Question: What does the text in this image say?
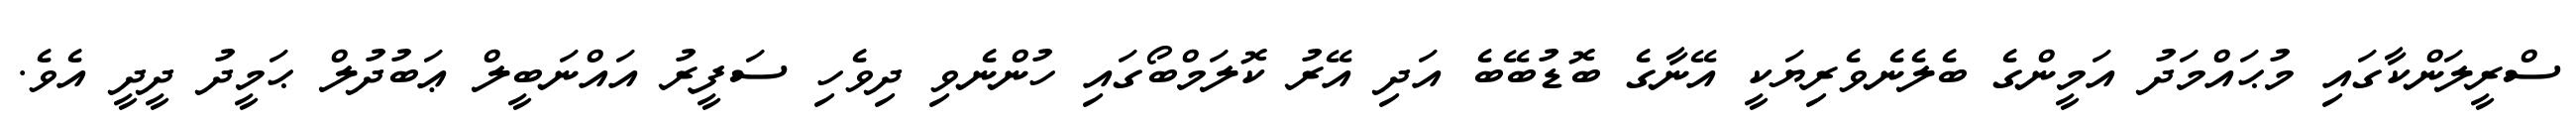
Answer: ސްރީލަންކާގައި މުޙައްމަދު އަމީންގެ ބެލެނެވެރިޔަކީ އޭނާގެ ބޮޑުބޭބެ އަދި އޭރު ކޮލަމްބޯގައި ހުންނެވި ދިވެހި ސަފީރު އައްނަބީލް ޢަބުދުލް ޙަމީދު ދީދީ އެވެ.